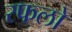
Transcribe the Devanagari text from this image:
रफलो